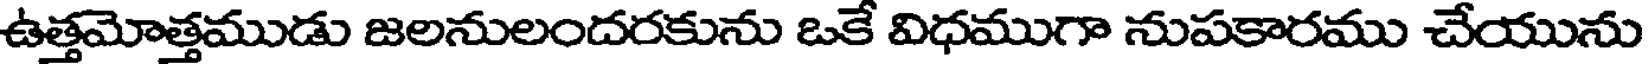
ఉత్తమోత్తముడు జలనులందరకును ఒకే విధముగా నుపకారము చేయును